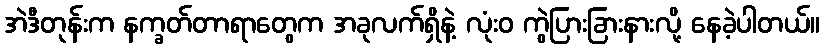
အဲဒီတုန်းက နက္ခတ်တာရာတွေက အခုလက်ရှိနဲ့ လုံးဝ ကွဲပြားခြားနားလို့ နေခဲ့ပါတယ်။